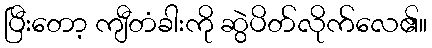
ပြီးတော့ ကျီတံခါးကို ဆွဲပိတ်လိုက်လေ၏။